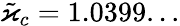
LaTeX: \tilde{\varkappa}_{c}=1.0399...